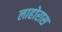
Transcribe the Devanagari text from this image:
लाहोरास